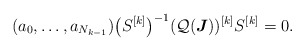
\begin{align*}(a_0,\dots, a_{N_{k-1}})\big(S^{[k]}\big)^{-1}(\mathcal Q(\boldsymbol J))^{[k]}S^{[k]}=0.\end{align*}